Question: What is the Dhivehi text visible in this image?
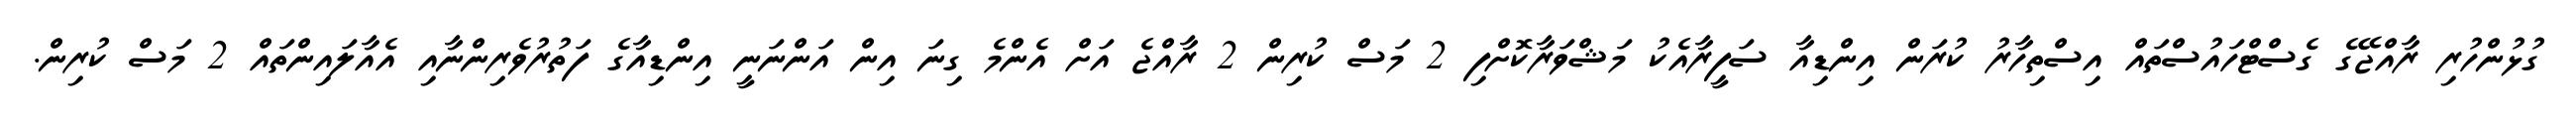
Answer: ގުޅުންހުރި ރާއްޖޭގެ ގެސްޓްހައުސްތައް އިސްތިހާރު ކުރަން އިންޑިއާ ސަފީރާއެކު މަޝްވަރާކޮށްފި 2 މަސް ކުރިން 2 ރާއްޖެ އަށް އެންމެ ގިނަ އިން އަންނަނީ އިންޑިއާގެ ފަތުރުވެރިންނާއި އެއާލައިންތައް 2 މަސް ކުރިން.